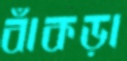
বাঁকড়া